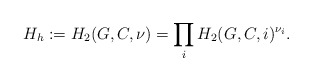
\begin{align*} H_h := H_2(G, C,\nu) = \prod_i H_2(G, C,i)^{\nu_i}. \end{align*}